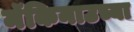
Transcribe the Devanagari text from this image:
मॅकिनाउच्या